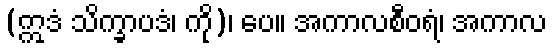
(ဣဒံ သိက္ခာပဒံ၊ ကို)၊ ပေ။ အကာလစီဝရံ၊ အကာလ